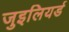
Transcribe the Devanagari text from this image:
जुइलियर्ड